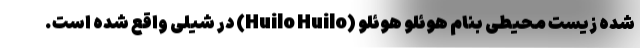
شده زیست محیطی بنام هوئلو هوئلو (Huilo Huilo) در شیلی واقع شده است.